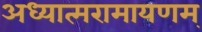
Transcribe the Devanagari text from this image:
अध्यात्मरामायणम्